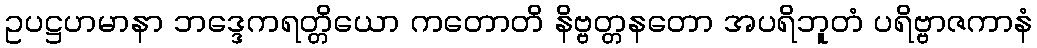
ဥပဋ္ဌဟမာနာ ဘဒ္ဒေကရတ္တိယော ကတောတိ နိဗ္ဗတ္တနတော အပရိဘူတံ ပရိဗ္ဗာဇကာနံ